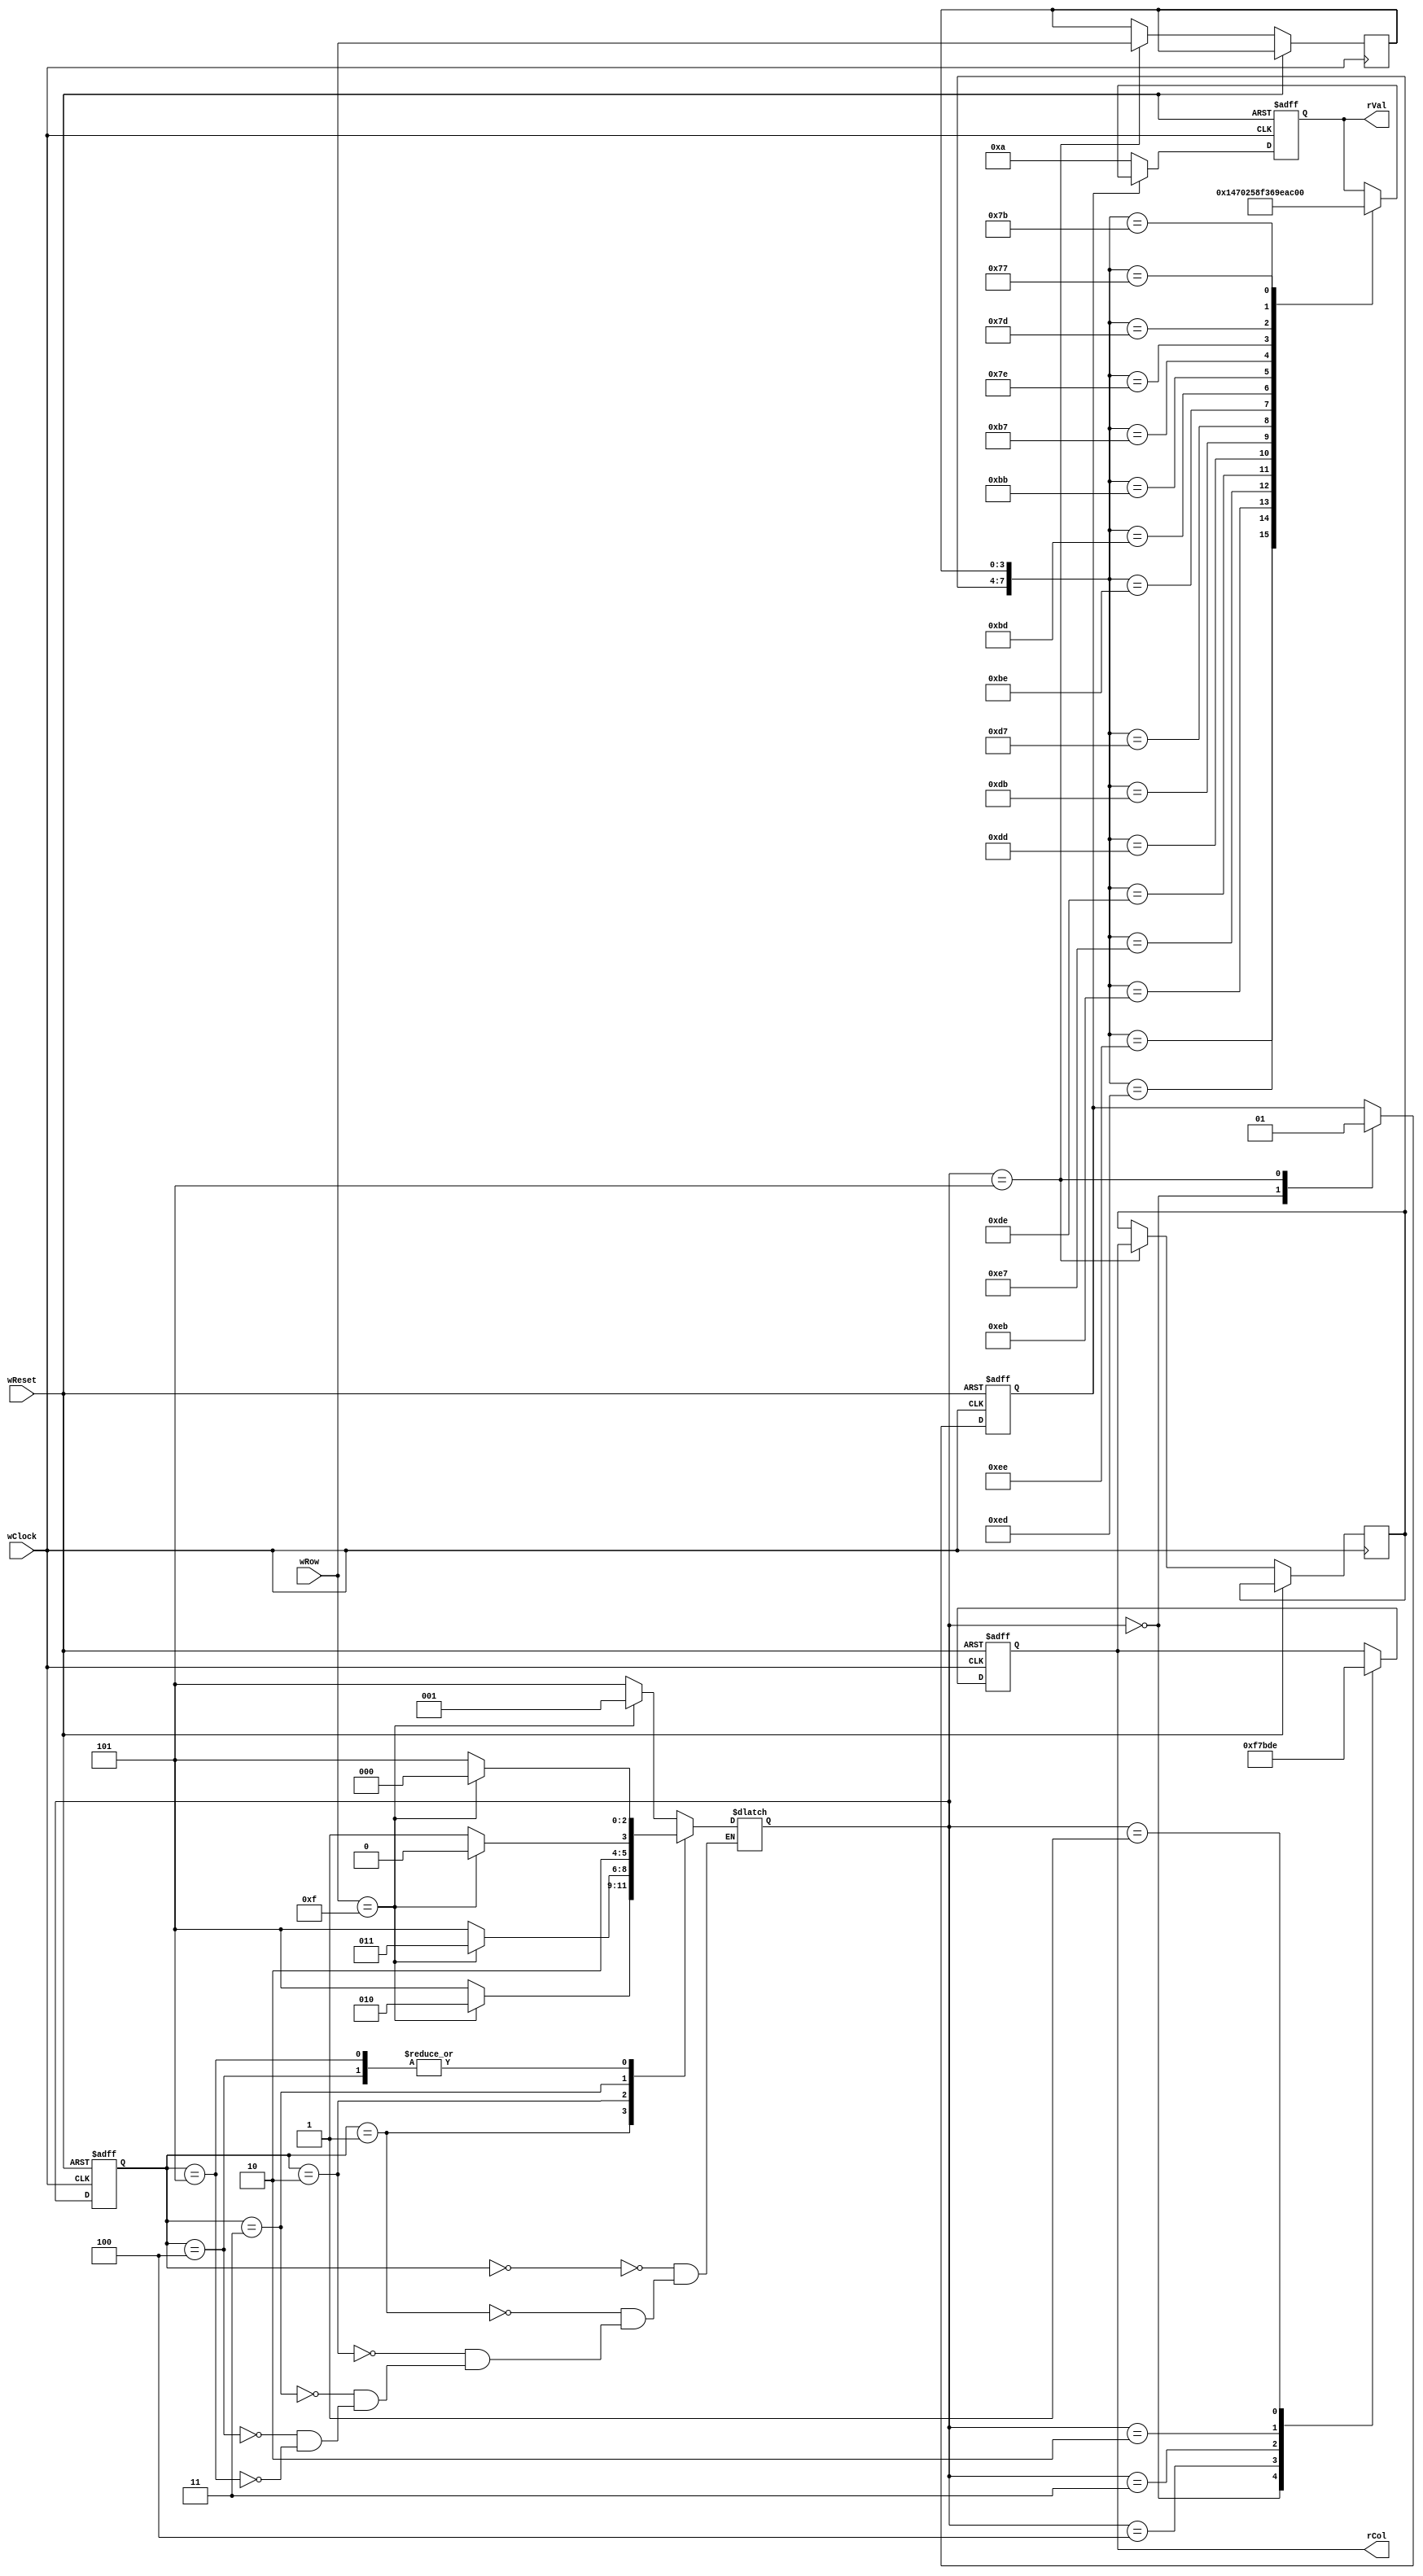
`timescale 1ns / 1ps
//////////////////////////////////////////////////////////////////////////////////
// Company: 
// Engineer: 
// 
// Design Name: 
// Module Name: InputProc
// Project Name: 
// Target Devices: 
// Tool Versions: 
// Description: 
// 
// Dependencies: 
// 
// Revision:
// Revision 0.01 - File Created
// Additional Comments:
// 
//////////////////////////////////////////////////////////////////////////////////


module InputProc
(
    input wire wClock,
    input wire wReset,
    input wire[3:0] wRow,
    output reg[3:0] rCol,
    output reg[3:0] rVal
);
    reg[3:0] rColVal, rRowVal;
    reg[2:0] rNow, rNext;
    reg rPush;

    parameter pIdle = 0;
    parameter pCol0 = 1;
    parameter pCol1 = 2;
    parameter pCol2 = 3;
    parameter pCol3 = 4;
    parameter pPush = 5;
    
    
    initial 
    begin
        rNow = pIdle;
        rNext = pIdle;
        rPush = 1'b0;
        rColVal = 4'b0000;
        rRowVal = 4'b0000;
    end
    
    //State Run
    always @(posedge wClock or posedge wReset)
    begin
        if(wReset)
        begin
            rNow <= pIdle;
        end
        else
        begin
            rNow <= rNext;
        end
    end
    
    //State Transform
    always @(rNow)
    begin
        case(rNow)
            pIdle: rNext <= (wRow == 4'b1111) ? pCol0 : pPush;
            pCol0: rNext <= (wRow == 4'b1111) ? pCol1 : pPush;
            pCol1: rNext <= (wRow == 4'b1111) ? pCol2 : pPush;
            pCol2: rNext <= (wRow == 4'b1111) ? pCol3 : pPush;
            pCol3: rNext <= (wRow == 4'b1111) ? pIdle : pPush;
            pPush: rNext <= (wRow == 4'b1111) ? pIdle : pPush;
        endcase
    end
    
    //Regs Run
    always @(posedge wClock or posedge wReset)
    begin
        if(wReset)
        begin
            rCol <= 4'b1111;
            rPush <= 1'b0;
        end
        else
        begin
        case(rNext)
            pIdle:
            begin
                rCol <= 4'b1111;
                rPush <= 1'b0;
            end
            pCol3: rCol <= 4'b0111;
            pCol2: rCol <= 4'b1011;
            pCol1: rCol <= 4'b1101;
            pCol0: rCol <= 4'b1110;
            pPush:
            begin
                rColVal <= rCol;
                rRowVal <= wRow;
                rPush <= 1'b1;
            end
        endcase
        end
    end
    
    //Proceed Value
    always @(posedge wClock or posedge wReset)
    begin
        if(wReset) rVal <= 4'b1010;
        else if(~rPush) rVal <= 4'b1010;
        else
            case({ rColVal,rRowVal }) 
                8'b11101110: rVal <= 4'b0001;
                8'b11101101: rVal <= 4'b0100;
                8'b11101011: rVal <= 4'b0111;
                8'b11100111: rVal <= 4'b0000;       
                8'b11011110: rVal <= 4'b0010;
                8'b11011101: rVal <= 4'b0101;
                8'b11011011: rVal <= 4'b1000;
                8'b11010111: rVal <= 4'b1111;           
                8'b10111110: rVal <= 4'b0011;
                8'b10111101: rVal <= 4'b0110;
                8'b10111011: rVal <= 4'b1001;
                8'b10110111: rVal <= 4'b1110;                                      
                8'b01111110: rVal <= 4'b1010;
                8'b01111101: rVal <= 4'b1011;
                8'b01111011: rVal <= 4'b1100;
                8'b01110111: rVal <= 4'b1101; 
            endcase
    end
endmodule